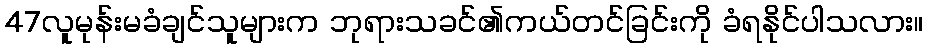
47လူမုန်းမခံချင်သူများက ဘုရားသခင်၏ကယ်တင်ခြင်းကို ခံရနိုင်ပါသလား။